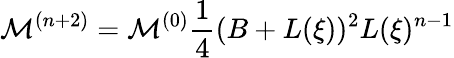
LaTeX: {\cal M}^{(n+2)}={\cal M}^{(0)}\frac{1}{4}(B+L(\xi))^{2}L(\xi)^{n-1}